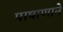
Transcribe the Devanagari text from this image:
पाषाणाने